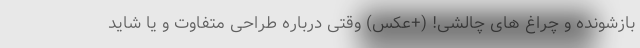
بازشونده و چراغ های چالشی! (+عکس) وقتی درباره طراحی متفاوت و یا شاید